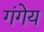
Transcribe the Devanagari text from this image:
गंगेय